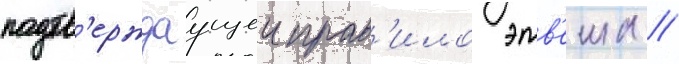
подтв'ерждаущеи прав'ило этв'еша //